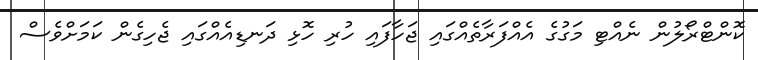
ކޮންޓްރޯލުން ނެއްޓި މަގުގެ އެއްފަރާތެއްގައި ޖަހާފައި ހުރި ހޮޅި ދަނޑިއެއްގައި ޖެހިގެން ކަމަށްވެސް